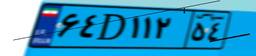
۶۴D۱۱۲۵۴